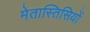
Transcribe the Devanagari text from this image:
मेतास्तिसियों